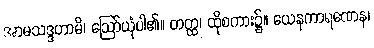
အာမသဒ္ဒဟာမိ၊ ဩော်ယုံပါ၏။ တတ္ထ၊ ထိုစကား၌။ ယေနကာရဏေန၊